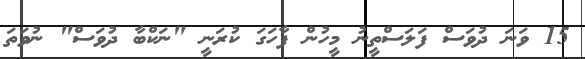
15 ވަނަ ދުވަސް ފަލަސްތީނު މީހުން ފާހަގަ ކުރަނީ "ނަކްބާ ދުވަސް" ނުވަތަ